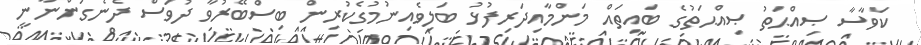
ކަވާސާ ޞިއްޙަތު ޞިއްޙަތުގެ ބައިތައް މަންމާއިދަރިފުޅު ބަލިވެއިނުމުގެކުރިން ބިސްބޭރުވާ ދުވަސް ދެނެގަންނާނީ